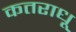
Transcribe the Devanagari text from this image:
कतराधू